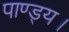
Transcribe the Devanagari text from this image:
पाण्ड्य।